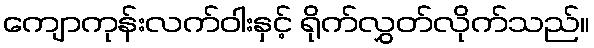
ကျောကုန်းလက်ဝါးနှင့် ရိုက်လွှတ်လိုက်သည်။